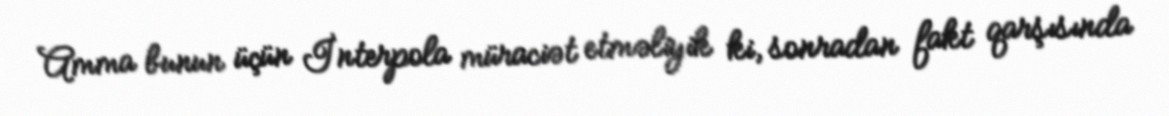
Amma bunun üçün İnterpola müraciət etməliyik ki, sonradan fakt qarşısında